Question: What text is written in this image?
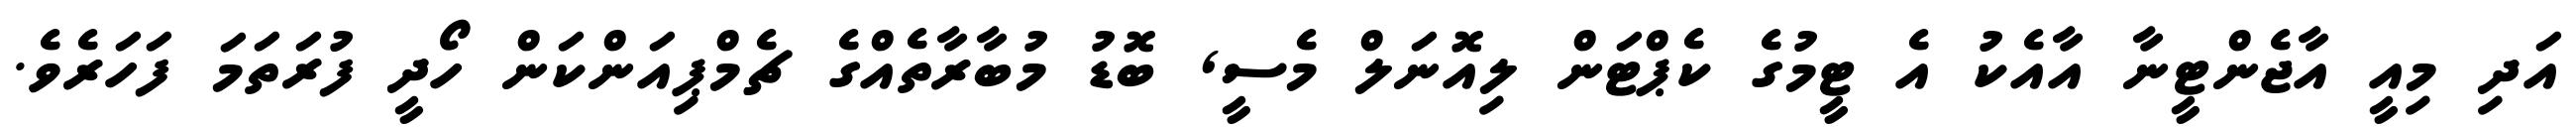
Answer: އަދި މިއީ އާޖެންޓީނާ އާއެކު އެ ޓީމުގެ ކެޕްޓަން ލިއޮނަލް މެސީ, ބޮޑު މުބާރާތެއްގެ ޗެމްޕިއަންކަން ހޯދީ ފުރަތަމަ ފަހަރެވެ.